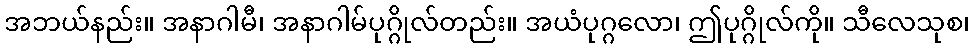
အဘယ်နည်း။ အနာဂါမီ၊ အနာဂါမ်ပုဂ္ဂိုလ်တည်း။ အယံပုဂ္ဂလော၊ ဤပုဂ္ဂိုလ်ကို။ သီလေသုစ၊